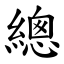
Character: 總